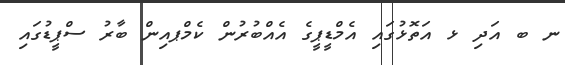
ނ ބ އަދި ޅ އަތޮޅުގައި އެމްޑީޕީގެ އެއްބުރުން ކެމްޕއިން ބާރު ސްޕީޑުގައި